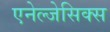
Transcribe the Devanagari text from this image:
एनेल्जेसिक्स